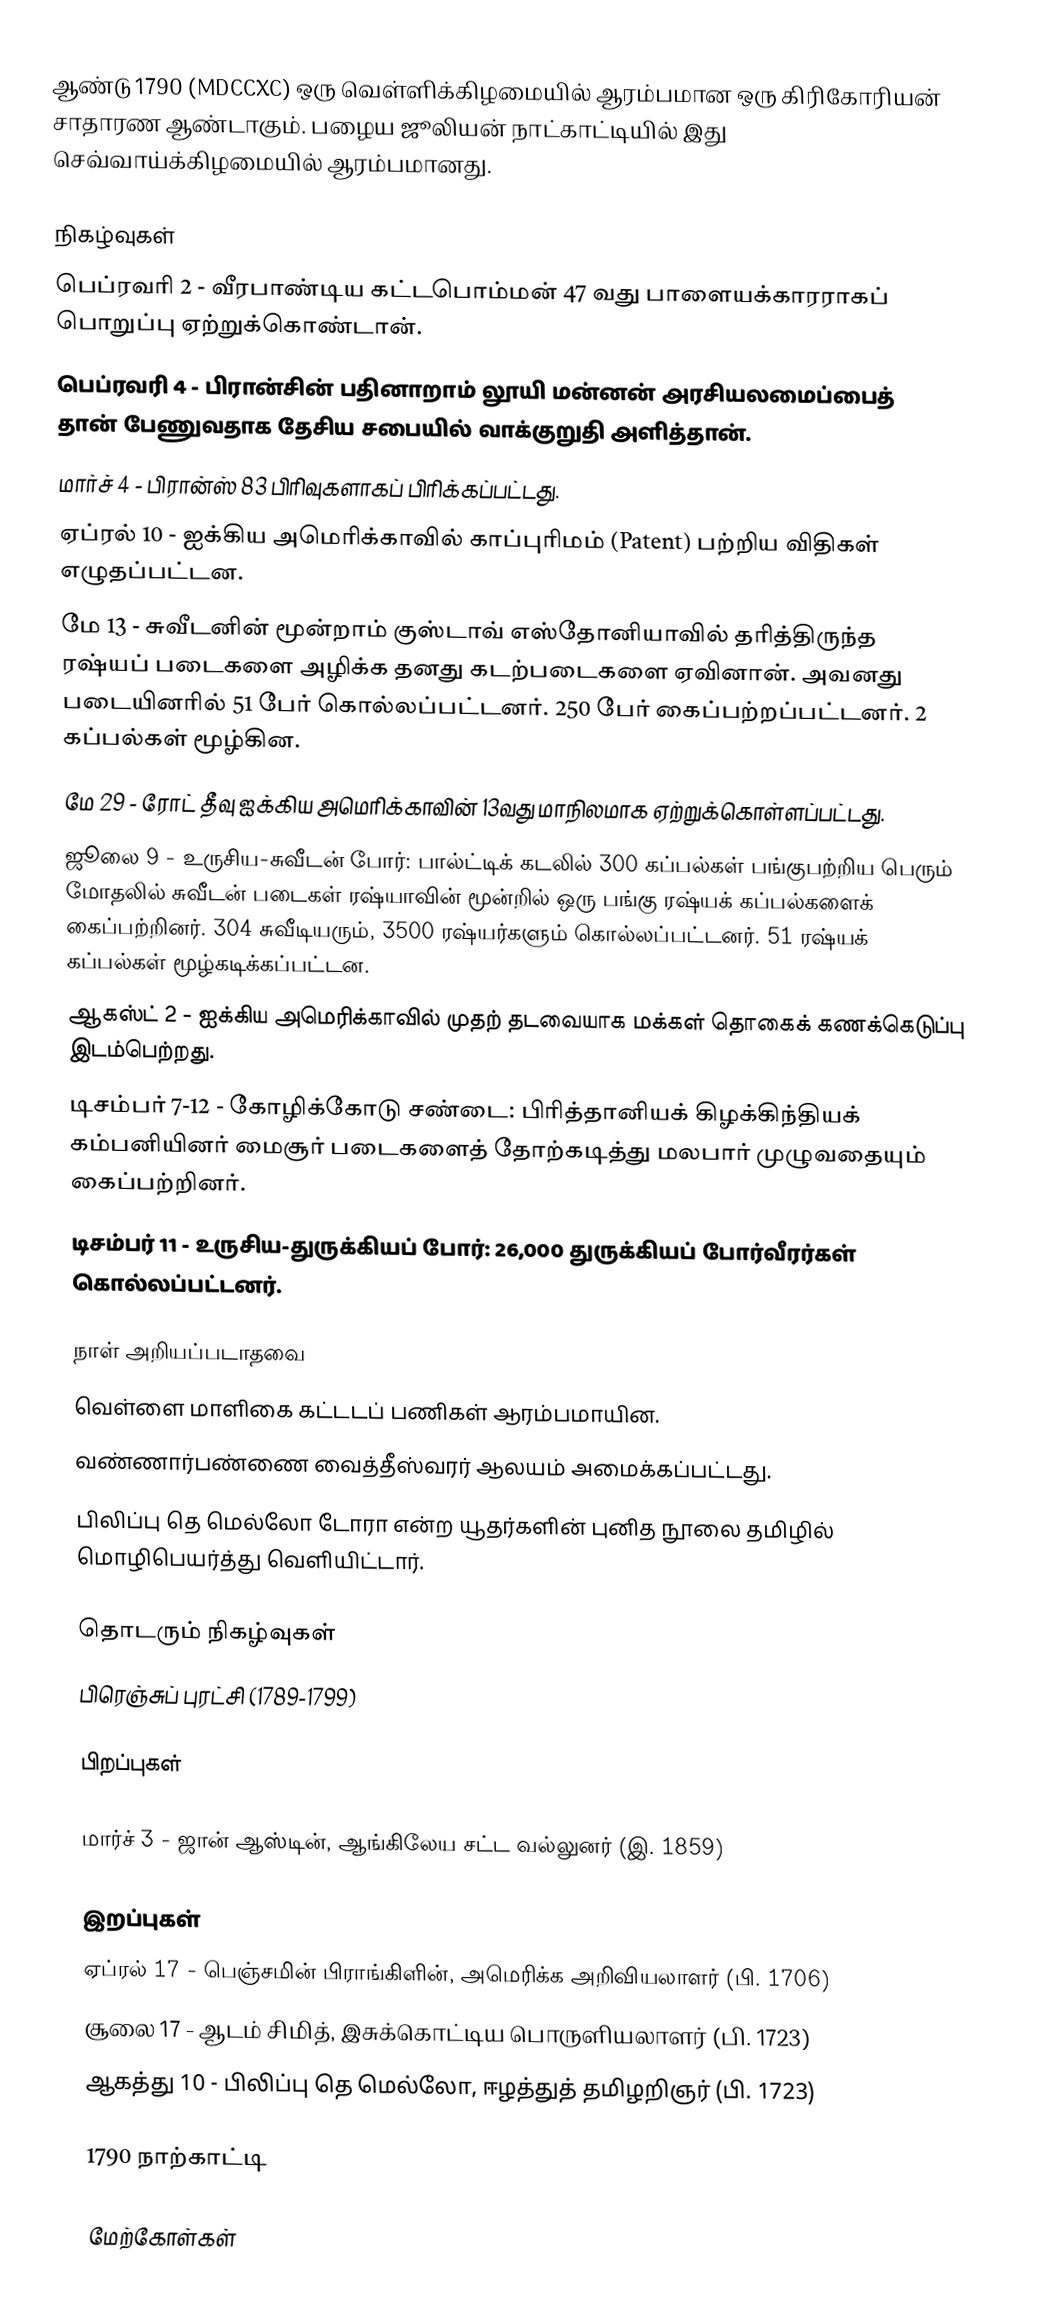
ஆண்டு 1790  (MDCCXC) ஒரு வெள்ளிக்கிழமையில் ஆரம்பமான ஒரு கிரிகோரியன் சாதாரண ஆண்டாகும். பழைய ஜூலியன் நாட்காட்டியில் இது செவ்வாய்க்கிழமையில் ஆரம்பமானது.

நிகழ்வுகள்
 பெப்ரவரி 2 - வீரபாண்டிய கட்டபொம்மன் 47 வது பாளையக்காரராகப் பொறுப்பு ஏற்றுக்கொண்டான்.
 பெப்ரவரி 4 - பிரான்சின் பதினாறாம் லூயி மன்னன் அரசியலமைப்பைத் தான் பேணுவதாக தேசிய சபையில் வாக்குறுதி அளித்தான்.
 மார்ச் 4 - பிரான்ஸ் 83 பிரிவுகளாகப் பிரிக்கப்பட்டது.
 ஏப்ரல் 10 - ஐக்கிய அமெரிக்காவில் காப்புரிமம் (Patent) பற்றிய விதிகள் எழுதப்பட்டன.
 மே 13 - சுவீடனின் மூன்றாம் குஸ்டாவ் எஸ்தோனியாவில் தரித்திருந்த ரஷ்யப் படைகளை அழிக்க தனது கடற்படைகளை ஏவினான். அவனது படையினரில் 51 பேர் கொல்லப்பட்டனர். 250 பேர் கைப்பற்றப்பட்டனர். 2 கப்பல்கள் மூழ்கின.
 மே 29 - ரோட் தீவு ஐக்கிய அமெரிக்காவின் 13வது மாநிலமாக ஏற்றுக்கொள்ளப்பட்டது.
 ஜூலை 9 - உருசிய-சுவீடன் போர்: பால்ட்டிக் கடலில் 300 கப்பல்கள் பங்குபற்றிய பெரும் மோதலில் சுவீடன் படைகள் ரஷ்யாவின் மூன்றில் ஒரு பங்கு ரஷ்யக் கப்பல்களைக் கைப்பற்றினர். 304 சுவீடியரும், 3500 ரஷ்யர்களும் கொல்லப்பட்டனர். 51 ரஷ்யக் கப்பல்கள் மூழ்கடிக்கப்பட்டன.
 ஆகஸ்ட் 2 - ஐக்கிய அமெரிக்காவில் முதற் தடவையாக மக்கள் தொகைக் கணக்கெடுப்பு இடம்பெற்றது.
 டிசம்பர் 7-12 - கோழிக்கோடு சண்டை: பிரித்தானியக் கிழக்கிந்தியக் கம்பனியினர் மைசூர் படைகளைத் தோற்கடித்து மலபார் முழுவதையும் கைப்பற்றினர்.
 டிசம்பர் 11 - உருசிய-துருக்கியப் போர்: 26,000 துருக்கியப் போர்வீரர்கள் கொல்லப்பட்டனர்.

நாள் அறியப்படாதவை
 வெள்ளை மாளிகை கட்டடப் பணிகள் ஆரம்பமாயின.
 வண்ணார்பண்ணை வைத்தீஸ்வரர் ஆலயம் அமைக்கப்பட்டது.
 பிலிப்பு தெ மெல்லோ டோரா என்ற யூதர்களின் புனித நூலை தமிழில் மொழிபெயர்த்து வெளியிட்டார்.

தொடரும் நிகழ்வுகள்
 பிரெஞ்சுப் புரட்சி (1789-1799)

பிறப்புகள்

 மார்ச் 3 - ஜான் ஆஸ்டின், ஆங்கிலேய சட்ட வல்லுனர் (இ. 1859)

இறப்புகள்
 ஏப்ரல் 17 - பெஞ்சமின் பிராங்கிளின், அமெரிக்க அறிவியலாளர் (பி. 1706)
 சூலை 17 - ஆடம் சிமித், இசுக்கொட்டிய பொருளியலாளர் (பி. 1723)
 ஆகத்து 10 - பிலிப்பு தெ மெல்லோ, ஈழத்துத் தமிழறிஞர் (பி. 1723)

1790 நாற்காட்டி

மேற்கோள்கள்